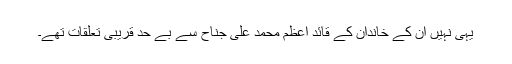
یہی نہیں ان کے خاندان کے قائد اعظم محمد علی جناح سے بے حد قریبی تعلقات تھے۔